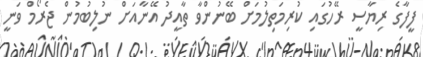
ފީފާގެ ރިޔާސީ ރޭހުގައި ކުރިމަތިލުމަށް ބޭނުންވާ ތާއީދު އޭނާއަށް ނުލިބުމުން ޖެރޯމް ވަނީ